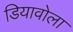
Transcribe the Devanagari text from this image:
डियावोला